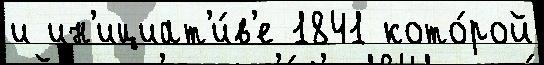
и ин'ициат'и́в'е 1841 кото́рой